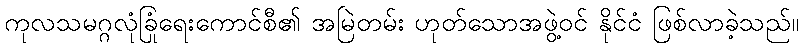
ကုလသမဂ္ဂလုံခြုံရေးကောင်စီ၏ အမြဲတမ်း ဟုတ်သောအဖွဲ့ဝင် နိုင်ငံ ဖြစ်လာခဲ့သည်။